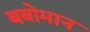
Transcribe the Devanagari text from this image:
बबोमान